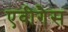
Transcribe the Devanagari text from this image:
एवीगैस